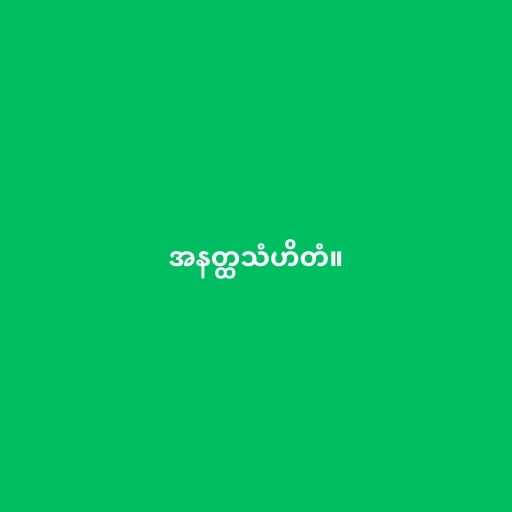
အနတ္ထသံဟိတံ။